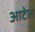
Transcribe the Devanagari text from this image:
आटेल